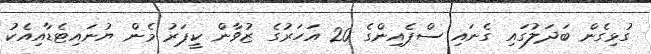
ގުޅިގެން ބަދަލުގައި ގެނައި ސްޕެއިންގެ 20 އަހަރުގެ ޒުވާން ކީޕަރު މެން ޔުނައިޓެޑާއިއެކު